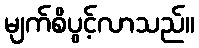
မျက်စိပွင့်လာသည်။